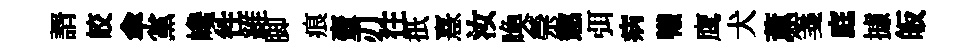
諝皎傘黨巉徃維脚痕壷刃往扺憙汝喚禜懲弭病犧鹰犬薫箋庭據皈